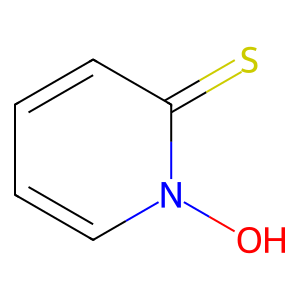
SMILES: On1ccccc1=S
Inhibits HIV replication: No